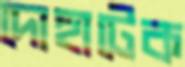
দোহাটেক